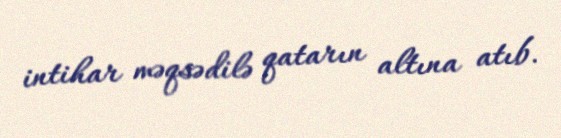
intihar məqsədilə qatarın altına atıb.